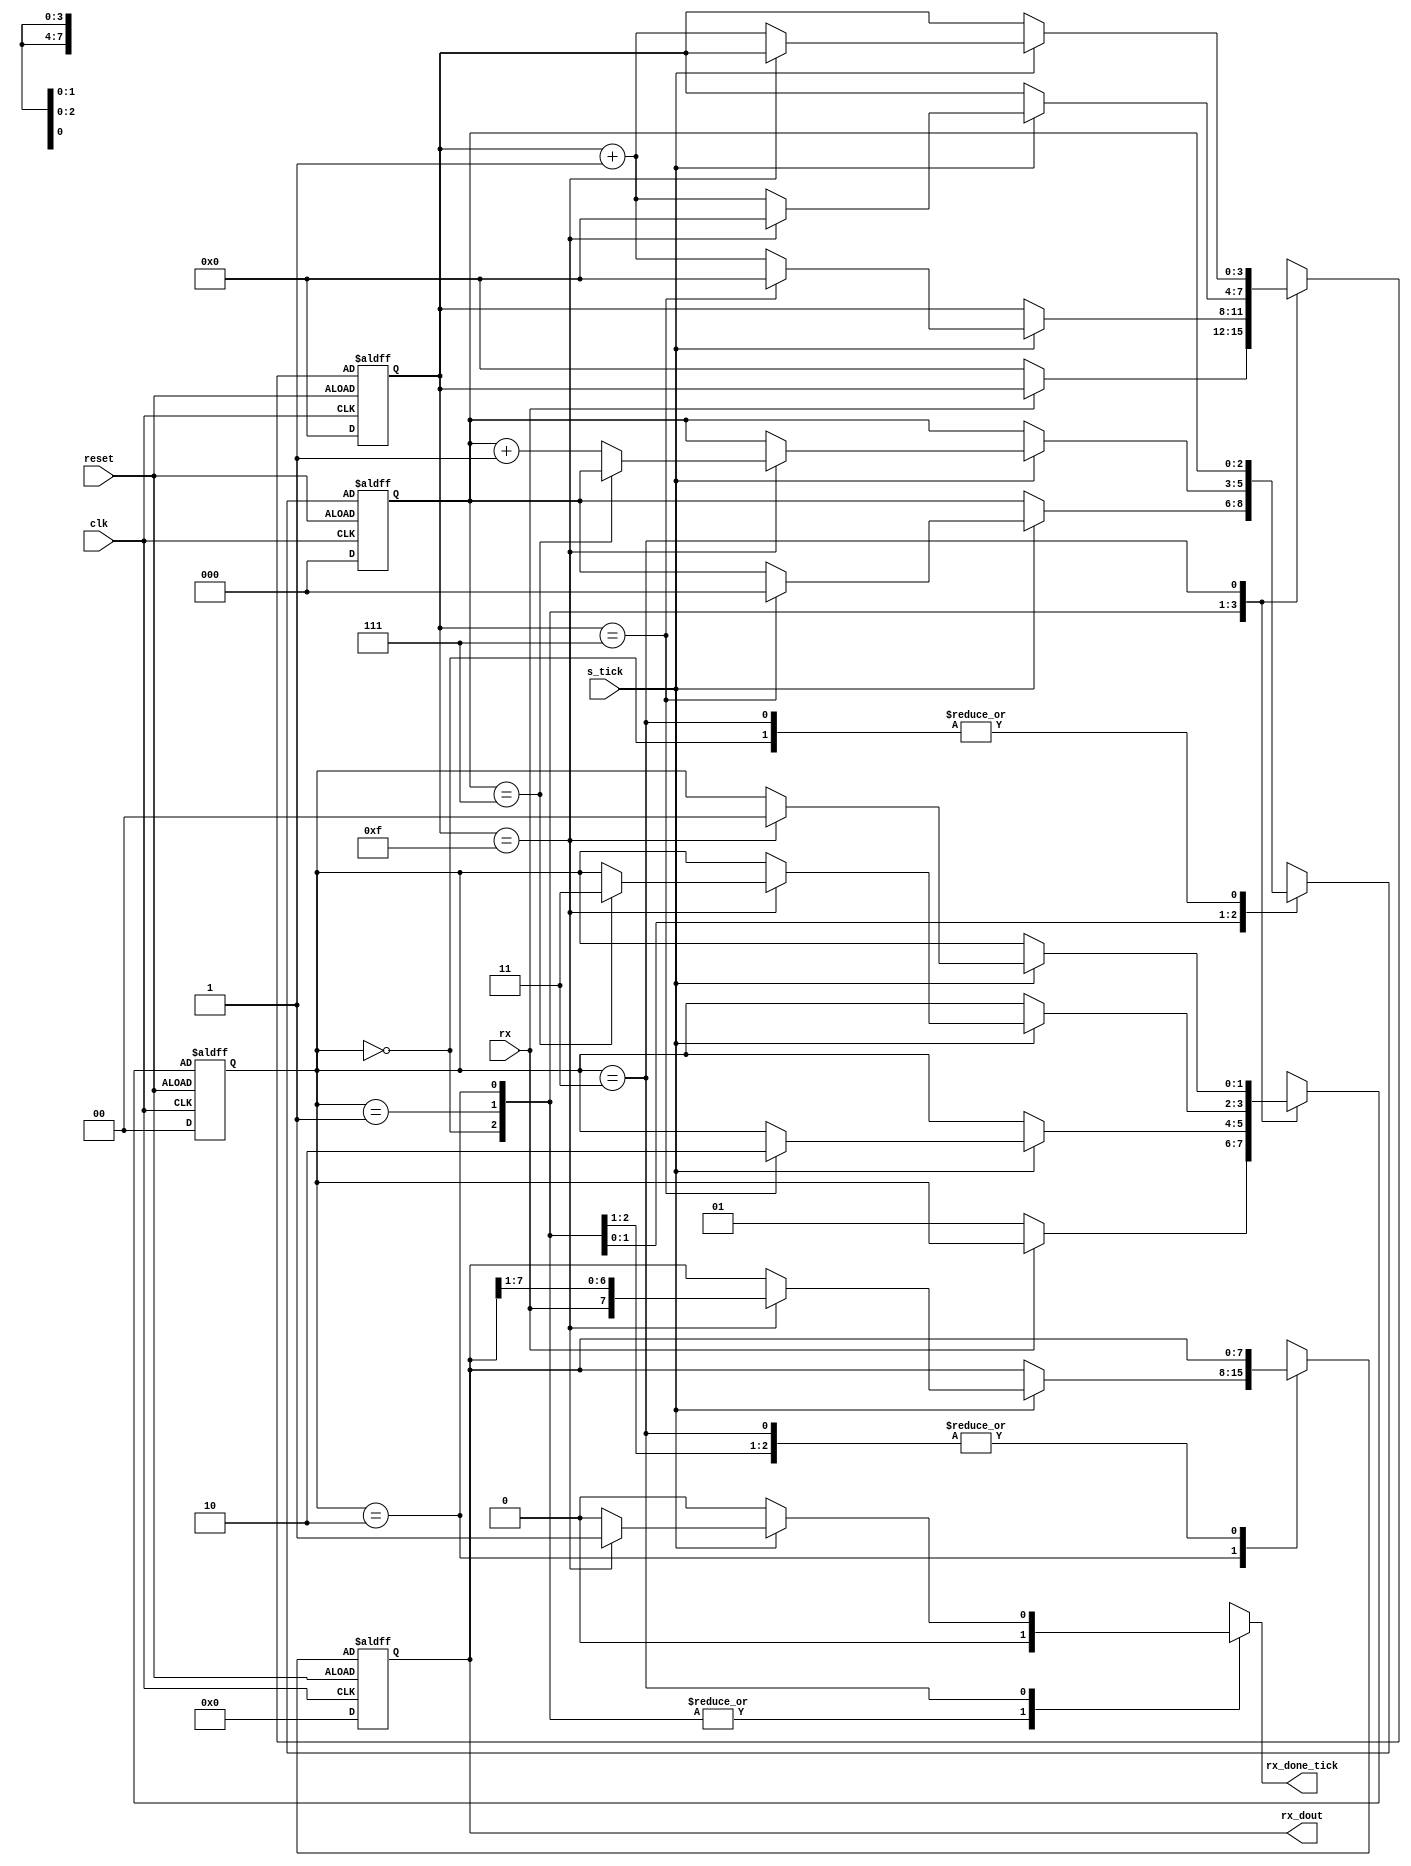
`timescale 1ns / 1ps
//////////////////////////////////////////////////////////////////////////////////
// Company: 
// Engineer: 
// 
// Design Name: 
// Module Name: Uart
// Project Name: 
// Target Devices: 
// Tool Versions: 
// Description: 
// 
// Dependencies: 
// 
// Revision:
// Revision 0.01 - File Created
// Additional Comments:
// 
//////////////////////////////////////////////////////////////////////////////////


module Uart #(parameter BITS_d = 8,     //num_bits of data
                N_TICK = 16            // num of ticks in bit
    )
    (
        input clk, reset,
        input rx, s_tick,
        output reg rx_done_tick,
        output [BITS_d - 1:0] rx_dout
    );
    
    localparam  idle = 0, start = 1,
                data = 2, stop = 3;
                
    reg [1:0] state_reg, state_next;
    reg [3:0] s_reg, s_next;                //  baud rate ticks (16 total)
    reg [$clog2(BITS_d) - 1:0] n_reg, n_next; // num_bits of data
    reg [BITS_d - 1:0] b_reg, b_next;         // shifted data bits
    
    // State and other registers
    always @(posedge clk, negedge reset)
    begin
        if (reset)
        begin
            state_reg <= idle;
            s_reg <= 0;
            n_reg <= 0;
            b_reg <= 0;
        end
        else
        begin
            state_reg <= state_next;
            s_reg <= s_next;
            n_reg <= n_next;
            b_reg <= b_next;
        end
    end
    
    // Next state logic
    always @(*)
    begin
        state_next = state_reg;
        s_next = s_reg;
        n_next = n_reg;
        b_next = b_reg;
        rx_done_tick = 1'b0;
        case (state_reg)
            idle:                
                if (~rx)
                begin
                    s_next = 0;
                    state_next = start;                        
                end                 
            start:                
                if (s_tick)
                    if (s_reg == 7)
                    begin
                        s_next = 0;
                        n_next = 0;
                        state_next = data;
                    end
                    else                        
                        s_next = s_reg + 1;                                                                   
            data:
                if (s_tick)
                    if(s_reg == 15)
                    begin
                        s_next = 0;
                        b_next = {rx, b_reg[BITS_d - 1:1]}; 
                        if (n_reg == (BITS_d - 1))
                            state_next = stop;
                        else
                            n_next = n_reg + 1;
                    end
                    else
                        s_next = s_reg + 1;
            stop:
                if (s_tick)
                    if(s_reg == ( N_TICK - 1))
                    begin
                        rx_done_tick = 1'b1;
                        state_next = idle;
                    end
                    else
                        s_next = s_reg + 1;
            default:
                state_next = idle;
        endcase
    end
    
    // output
    assign rx_dout = b_reg;
endmodule